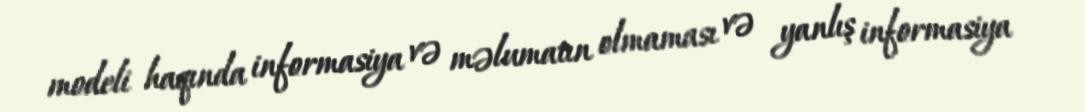
modeli haqında informasiya və məlumatın olmaması və yanlış informasiya